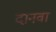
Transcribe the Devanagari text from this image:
दानवा